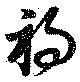
禍